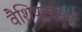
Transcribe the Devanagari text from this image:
वैशिषट्यपूर्ण